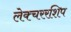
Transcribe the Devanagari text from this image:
लेक्चररशिप